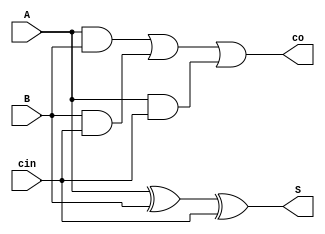
`timescale 1ns / 1ps

module FA(S,co,A,B,cin);
input A,B,cin; 
output S,co;
wire wire1,wire2,wire3;
xor xor1(S,A,B,cin);
and and1(wire1,A,B);
and and2(wire2,B,cin);
and and3(wire3,A,cin);
or or1(co,wire1,wire2,wire3);
endmodule

module RCA(s,cout,a,b,ci);
input [3:0]a,b;
input ci;
output [3:0]s;
output cout;
wire [3:0]w;

FA  FA_0(s[0],w[0],a[0],b[0],ci);
FA  FA_1(s[1],w[1],a[1],b[1],w[0]);
FA  FA_2(s[2],w[2],a[2],b[2],w[1]);
FA  FA_3(s[3],cout,a[3],b[3],w[2]);

endmodule